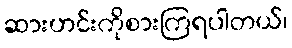
ဆားဟင်းကိုစားကြရပါတယ်၊